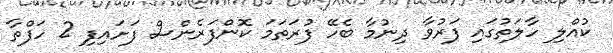
ކުއްލި ހާލަތުގައި ފަރުވާ ދިނުމާ ބެހޭ ފުރަތަމަ ކޮންފަރެންސް ފަށައިފި 2 ހަފްތާ